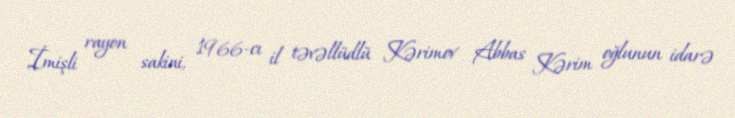
İmişli rayon sakini, 1966-cı il təvəllüdlü Kərimov Abbas Kərim oğlunun idarə